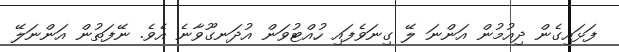
ފަޅައިގެން ދިއުމުން އަންނަ ލޭ ގިނަވެފައި ހުއްޓުވަން އުދަނގޫވާނެ އެވެ. ނޭފަތުން އަންނަލޭ